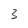
Character: 3